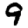
Digit: 9